Relation of titanus [i.e. tetanus] to the hypodermic or intramuscular injection of quinine - Number 43
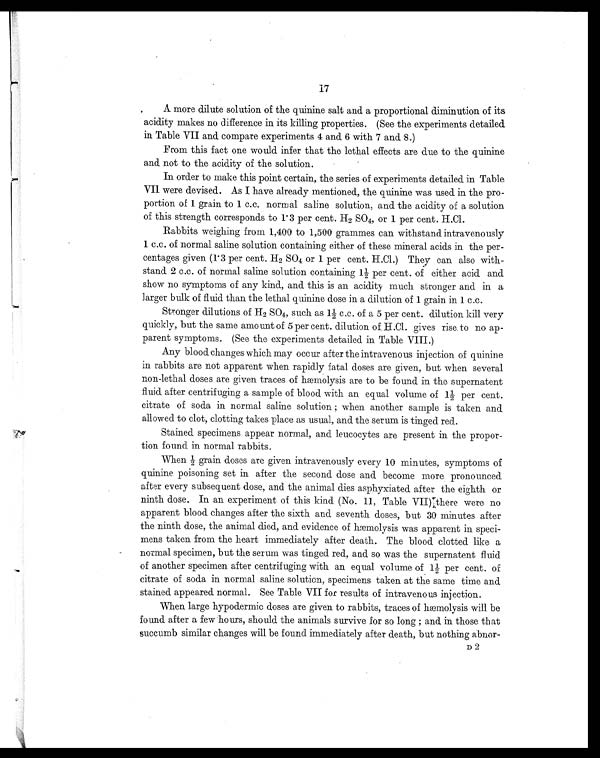
17
A more dilute solution of the quinine salt and a proportional diminution of its
acidity makes no difference in its killing properties. (See the experiments detailed
in Table VII and compare experiments 4 and 6 with 7 and 8.)
From this fact one would infer that the lethal effects are due to the quinine
and not to the acidity of the solution.
In order to make this point certain, the series of experiments detailed in Table
VII were devised. As I have already mentioned, the quinine was used in the pro-
portion of 1 grain to 1 c.c. normal saline solution, and the acidity of a solution
of this strength corresponds to 1.3 per cent. H2 SO4, or 1 per cent. H.Cl.
Rabbits weighing from 1,400 to 1,500 grammes can withstand intravenously
1 c.c. of normal saline solution containing either of these mineral acids in the per-
centages given (1.3 per cent. H2 SO4 or 1 per cent. H.Cl.) They can also with-
stand 2 c.c. of normal saline solution containing 1½ per cent. of either acid and
show no symptoms of any kind, and this is an acidity much stronger and in a
larger bulk of fluid than the lethal quinine dose in a dilution of 1 grain in 1 c.c.
Stronger dilutions of H2 SO4, such as 1½ c.c. of a 5 per cent. dilution kill very
quickly, but the same amount of 5 per cent. dilution of H.Cl. gives rise to no ap-
parent symptoms. (See the experiments detailed in Table VIII.)
Any blood changes which may occur after the intravenous injection of quinine
in rabbits are not apparent when rapidly fatal doses are given, but when several
non-lethal doses are given traces of hæmolysis are to be found in the supernatent
fluid after centrifuging a sample of blood with an equal volume of 1½ per cent.
citrate of soda in normal saline solution ; when another sample is taken and
allowed to clot, clotting takes place as usual, and the serum is tinged red.
Stained specimens appear normal, and leucocytes are present in the propor-
tion found in normal rabbits.
W h e n ½ g r a i n d o s e s a r e g i v e n i n t r a v e n o u s l y e v e r y 1 0 m i n u t e s , s y m p t o m s o f
quinine poisoning set in after the second dose and become more pronounced
after every subsequent dose, and the animal dies asphyxiated after the eighth or
ninth dose. In an experiment of this kind (No. 11, Table VII) there were no
apparent blood changes after the sixth and seventh doses, but 30 minutes after
the ninth dose, the animal died, and evidence of hæmolysis was apparent in speci-
mens taken from the heart immediately after death. The blood clotted like a
normal specimen, but the serum was tinged red, and so was the supernatent fluid
of another specimen after centrifuging with an equal volume of 1½ per cent. of
citrate of soda in normal saline solution, specimens taken at the same time and
stained appeared normal. See Table VII for results of intravenous injection.
When large hypodermic doses are given to rabbits, traces of hæmolysis will be
found after a few hours, should the animals survive for so long ; and in those that
succumb similar changes will be found immediately after death, but nothing abnor-
D 2